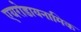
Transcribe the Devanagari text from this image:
एयरोडायनामिक